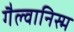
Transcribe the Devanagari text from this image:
गैल्वानिस्म